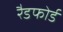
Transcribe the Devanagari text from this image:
रैडफोर्ड